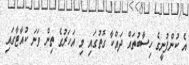
އެ ކުންފުނީގެ ހިސާބުތައް ދައްކާ ގޮތުގައި މި އަހަރުގެ ތިން ވަނަ ކުއާޓާގައި